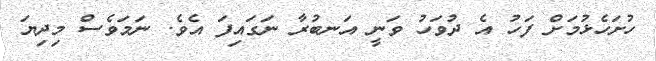
ހުށަހެޅުމަށް ފަހު އެ ދުވަހު ވަނީ އަނބުރާ ނަގައިފަ އެވެ. ނަމަވެސް މިދިޔަ